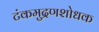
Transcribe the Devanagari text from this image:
टंकमुद्रणशोधक